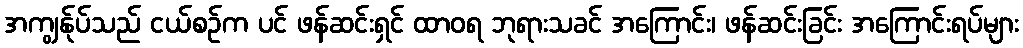
အကျွန်ုပ်သည် ငယ်စဉ်က ပင် ဖန်ဆင်းရှင် ထာဝရ ဘုရားသခင် အကြောင်း၊ ဖန်ဆင်းခြင်း အကြောင်းရပ်များ